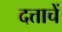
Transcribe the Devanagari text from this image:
दत्ताचें